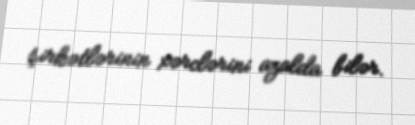
şirkətlərinin xərclərini azalda bilər.